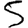
Digit: 5